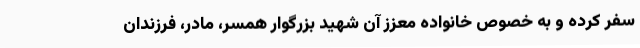
سفر کرده و به خصوص خانواده معزز آن شهید بزرگوار همسر، مادر، فرزندان